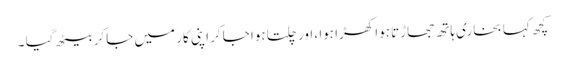
کچھ کہا بخاری ہاتھ جھاڑتا ہوا کھڑا ہوا ، اور چلتا ہوا جاکر اپنی کار میں جا کر بیٹھ گیا ۔